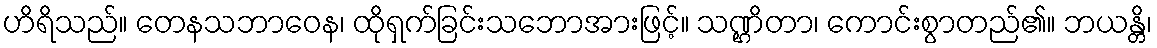
ဟိရိသည်။ တေနသဘာဝေန၊ ထိုရှက်ခြင်းသဘောအားဖြင့်။ သဏ္ဌိတာ၊ ကောင်းစွာတည်၏။ ဘယန္တိ၊